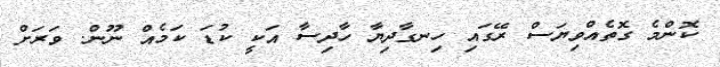
ކޮންމެ ގޮތެއްވިޔަސް ރޭގައި ހިނގާދިޔާ ހާދިސާ އަކީ ކުޑަ ކަމެއް ނޫން. ވަރަށް